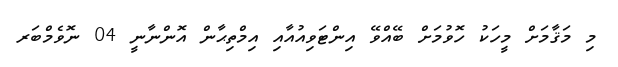
މި މަޤާމަށް މީހަކު ހޮވުމަށް ބޭއްވޭ އިންޓަވިއުއާއި އިމްތިޙާން އޮންނާނީ 04 ނޮވެމްބަރ